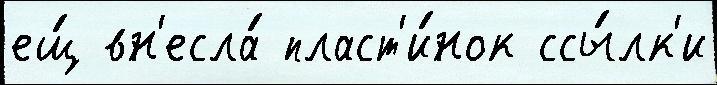
ещ́ вн'есла́ пласт'и́нок ссы́лк'и